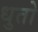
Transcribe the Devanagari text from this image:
धुतो